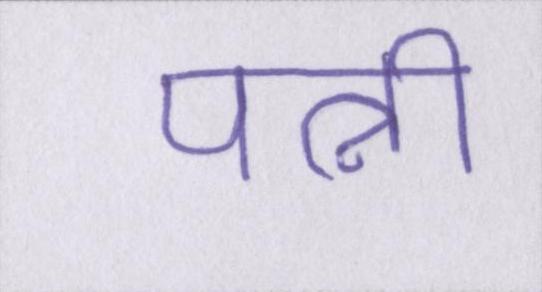
पत्नी